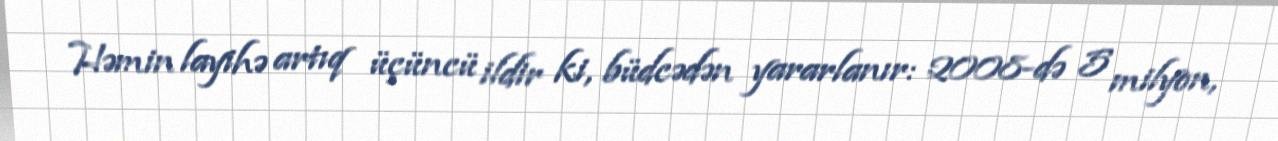
Həmin layihə artıq üçüncü ildir ki, büdcədən yararlanır: 2008-də 5 milyon,